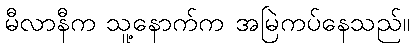
မီလာနီက သူ့နောက်က အမြဲကပ်နေသည်။